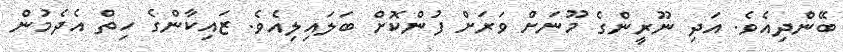
ބޭންދިއެވެ. އަދި ނޫރީންގެ މޫނަށް ވަރަށް ފުންކޮށް ބަލައިލިއެވެ. ޒައިކާންގެ ހިތް އެދެމުން